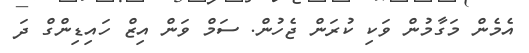
އެމެން މަގާމުން ވަކި ކުރަން ޖެހުން. ސަމް ވަން އިޒް ހައިޑިންގް ދަ